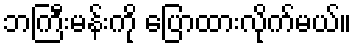
ဘကြီးမန်းကို ပြောထားလိုက်မယ်။